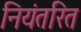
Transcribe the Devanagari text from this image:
नियंतरित